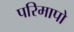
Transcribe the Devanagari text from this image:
परिमापो